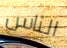
الناس